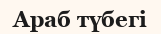
Араб түбегі